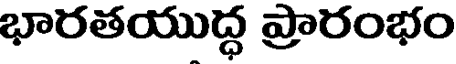
భారతయుద్ధ ప్రారంభం